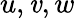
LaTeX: u,\mathit{v},w